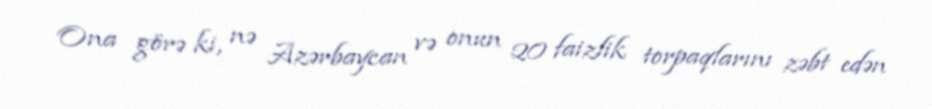
Ona görə ki, nə Azərbaycan və onun 20 faizlik torpaqlarını zəbt edən